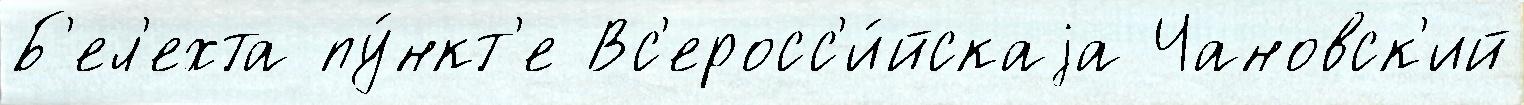
Б'ел'ехта пу́нкт'е Вс'еросс'и́йскаjа Чановск'ий